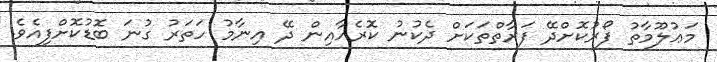
މަޢުލޫމާތު ފޯރުކޮށްދޭ ފަރާތްތަކަށް ދެކުނު ކޮރެއާއިން ދޭ އިނާމު ހަތަރު ގުނަ ބޮޑުކޮށްފިއެވެ.